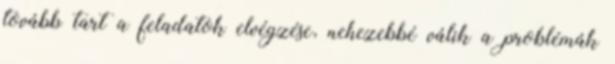
tovább tart a feladatok elvégzése, nehezebbé válik a problémák